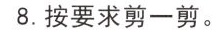
8.按要求剪一剪。